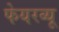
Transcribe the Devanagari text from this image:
फेयरव्यू